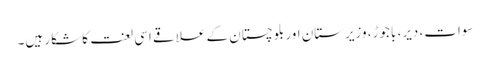
سوات، دیر، باجوڑ، وزیرستان اور بلوچستان کے علاقے اسی لعنت کا شکار ہیں۔